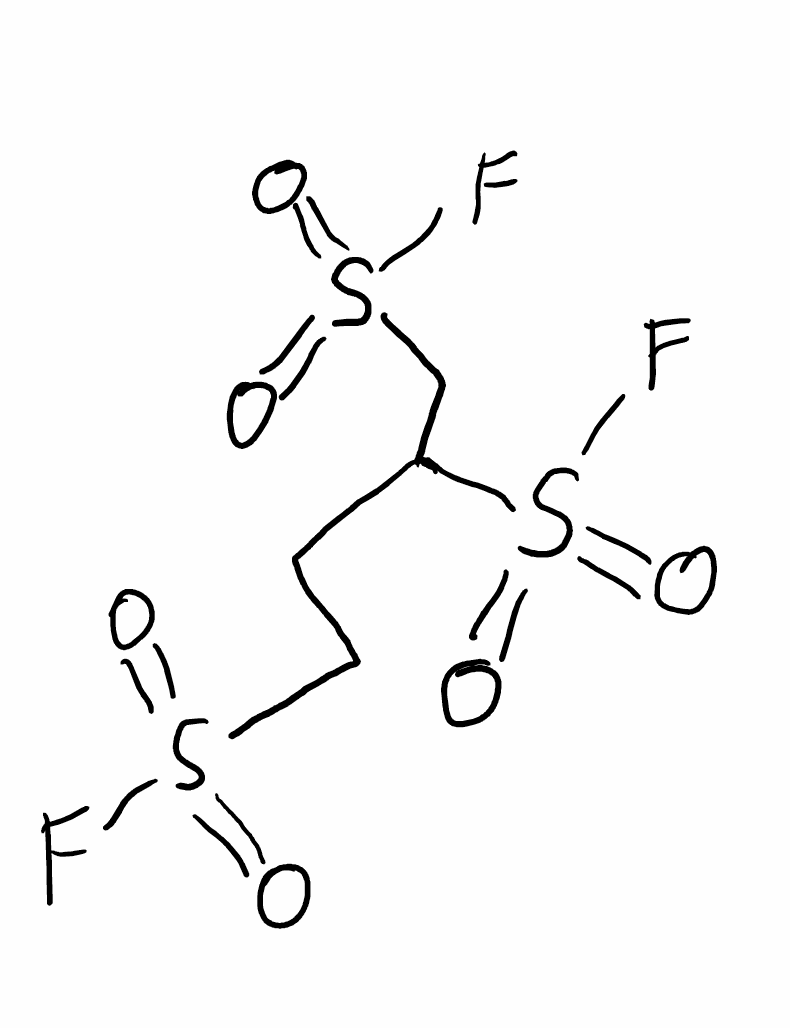
Simplified molecular-input line-entry system (SMILES) notation of the given molecule:
C(CS(=O)(=O)F)C(CS(=O)(=O)F)S(=O)(=O)F